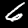
Label: 6